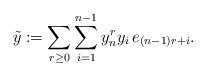
LaTeX: \begin{align*}\tilde{y}:=\sum_{r\geq 0}\sum_{i=1}^{n-1}y_{n}^r y_{i}\,e_{(n-1)r+i}.\end{align*}